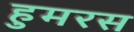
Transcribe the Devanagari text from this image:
हुमरस